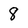
Character: 8